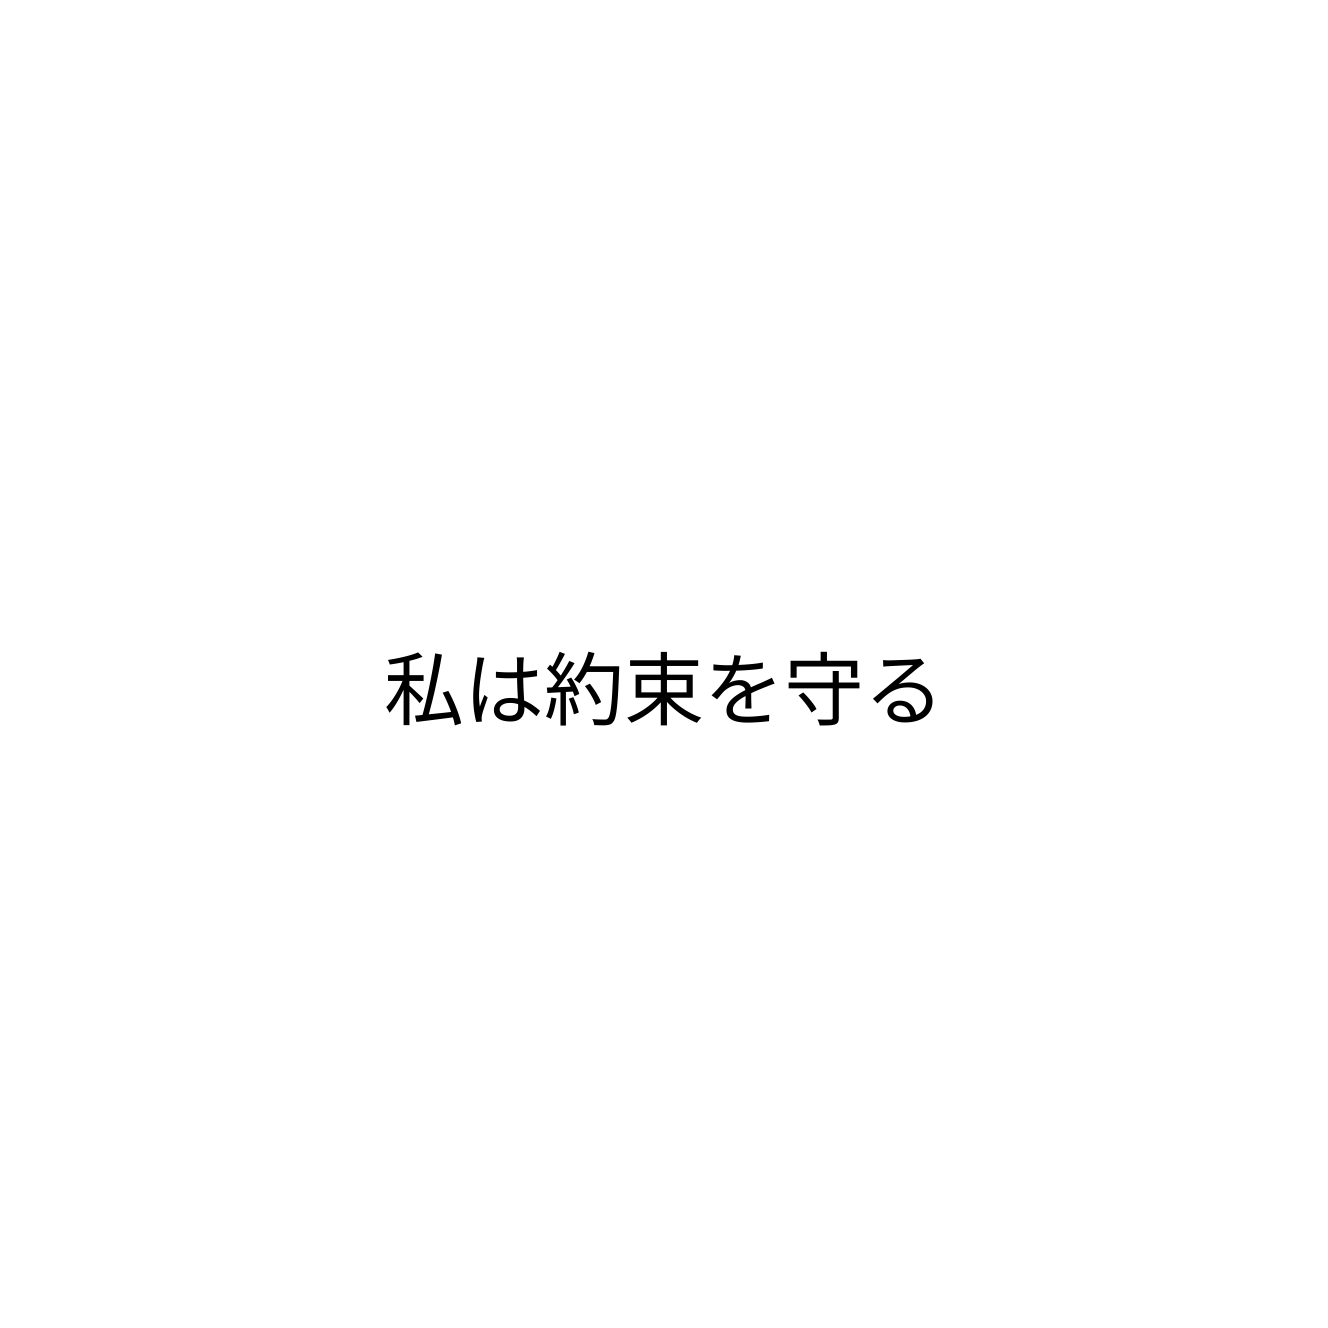
私は約束を守る